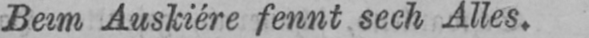
Beim Auskiére fennt sech Alles.